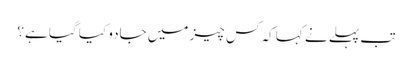
تب پہلے نے کہا کہ کس چیز میں جادو کیا گیا ہے؟